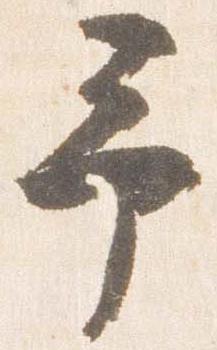
予